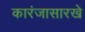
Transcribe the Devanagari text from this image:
कारंजासारखे